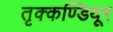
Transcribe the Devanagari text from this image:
तृक्कण्डियूर